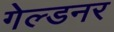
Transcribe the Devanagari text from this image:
गेल्डनर